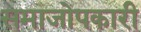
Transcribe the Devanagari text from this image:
समाजोपकारी